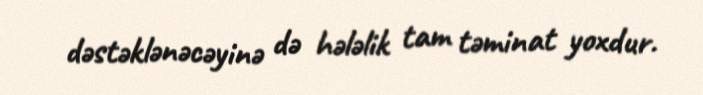
dəstəklənəcəyinə də hələlik tam təminat yoxdur.